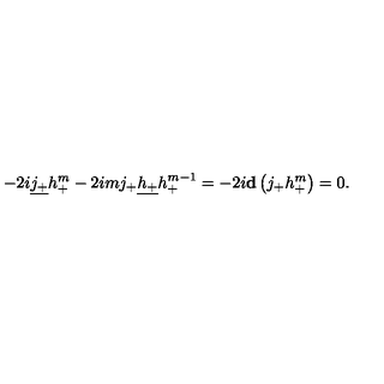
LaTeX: - 2 i \underline { { j _ { + } } } h _ { + } ^ { m } - 2 i m j _ { + } \underline { { h _ { + } } } h _ { + } ^ { m - 1 } = - 2 i { \bf d } \left( j _ { + } h _ { + } ^ { m } \right) = 0 .